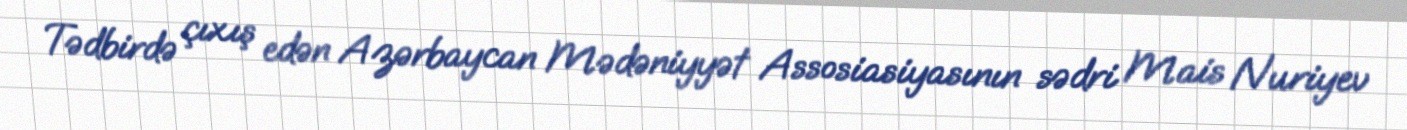
Tədbirdə çıxış edən Azərbaycan Mədəniyyət Assosiasiyasının sədri Mais Nuriyev